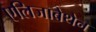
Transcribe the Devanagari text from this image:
एलिजाबेथेन